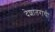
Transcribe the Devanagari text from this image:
देशांतराची